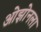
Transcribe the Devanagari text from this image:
ओझोनला